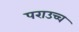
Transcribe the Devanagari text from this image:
पराउच्च